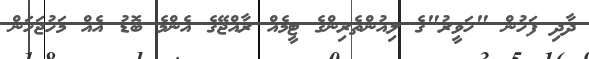
ދާދި ފަހުން "ހަވީރު"ގެ ލިއުންތެރިންގެ ޓީމެއް ރާއްޖޭގެ އެންމެ ބޮޑު އެއް މަހުޖަހަން